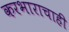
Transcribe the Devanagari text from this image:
करभाराचाही